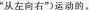
“从左向右”)运动的。